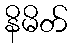
နိမိတ်